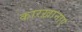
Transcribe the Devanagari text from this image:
कारख़ानाए